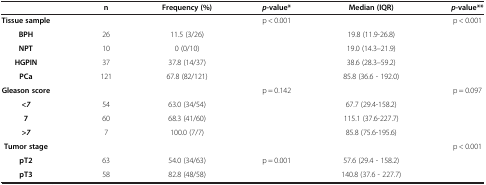
<table><thead><tr><td><b> </b></td><td><b>n</b></td><td><b>Frequency (%)</b></td><td><b><i>p-</i>value*</b></td><td><b>Median (IQR)</b></td><td><b><i>p</i>-value**</b></td></tr></thead><tbody><tr><td><b>Tissue sample</b></td><td> </td><td> </td><td>p &lt; 0.001</td><td> </td><td>p &lt; 0.001</td></tr><tr><td><b>BPH</b></td><td>26</td><td>11.5 (3/26)</td><td> </td><td>19.8 (11.9-26.8)</td><td> </td></tr><tr><td><b>NPT</b></td><td>10</td><td>0 (0/10)</td><td> </td><td>19.0 (14.3–21.9)</td><td> </td></tr><tr><td><b>HGPIN</b></td><td>37</td><td>37.8 (14/37)</td><td> </td><td>38.6 (28.3–59.2)</td><td> </td></tr><tr><td><b>PCa</b></td><td>121</td><td>67.8 (82/121)</td><td> </td><td>85.8 (36.6 - 192.0)</td><td> </td></tr><tr><td><b>Gleason score</b></td><td> </td><td> </td><td>p = 0.142</td><td> </td><td>p = 0.097</td></tr><tr><td><b><i>&lt;7</i></b></td><td>54</td><td>63.0 (34/54)</td><td> </td><td>67.7 (29.4-158.2)</td><td> </td></tr><tr><td><b>7</b></td><td>60</td><td>68.3 (41/60)</td><td> </td><td>115.1 (37.6-227.7)</td><td> </td></tr><tr><td><b><i>&gt;7</i></b></td><td>7</td><td>100.0 (7/7)</td><td> </td><td>85.8 (75.6-195.6)</td><td> </td></tr><tr><td><b>Tumor stage</b></td><td> </td><td> </td><td> </td><td> </td><td>p &lt; 0.001</td></tr><tr><td><b>pT2</b></td><td>63</td><td>54.0 (34/63)</td><td>p = 0.001</td><td>57.6 (29.4 - 158.2)</td><td> </td></tr><tr><td><b>pT3</b></td><td>58</td><td>82.8 (48/58)</td><td> </td><td>140.8 (37.6 - 227.7)</td><td> </td></tr></tbody></table>